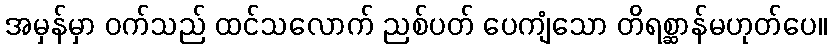
အမှန်မှာ ဝက်သည် ထင်သလောက် ညစ်ပတ် ပေကျံသော တိရစ္ဆာန်မဟုတ်ပေ။